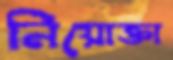
নিয়োক্তা